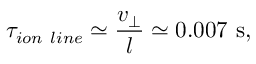
\tau _ { i o n ~ l i n e } \simeq \frac { v _ { \perp } } { l } \simeq 0 . 0 0 7 ~ \mathrm { s } ,